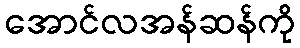
အောင်လအန်ဆန်ကို